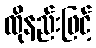
ထိုနည်းဖြင့်